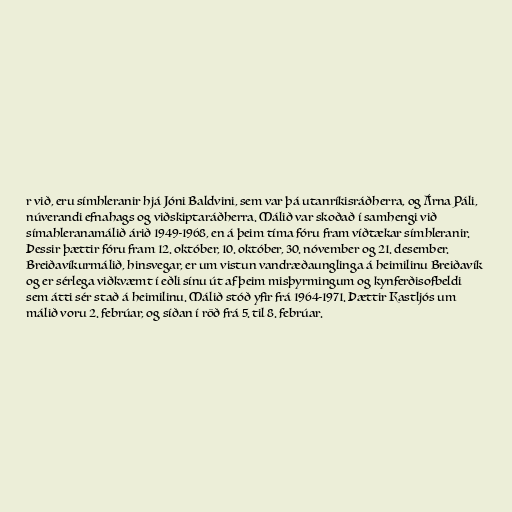
r við, eru símhleranir hjá Jóni Baldvini, sem var þá utanríkisráðherra, og Árna Páli,
núverandi efnahags og viðskiptaráðherra. Málið var skoðað í samhengi við
símahleranamálið árið 1949-1968, en á þeim tíma fóru fram víðtækar símhleranir.
Þessir þættir fóru fram 12. október, 10. október, 30. nóvember og 21. desember.
Breiðavíkurmálið, hinsvegar, er um vistun vandræðaunglinga á heimilinu Breiðavík
og er sérlega viðkvæmt í eðli sínu út af þeim misþyrmingum og kynferðisofbeldi
sem átti sér stað á heimilinu. Málið stóð yfir frá 1964-1971. Þættir Kastljós um
málið voru 2. febrúar, og síðan í röð frá 5. til 8. febrúar.